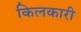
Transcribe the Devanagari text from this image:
किलकारी